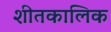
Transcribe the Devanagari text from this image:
शीतकालिक